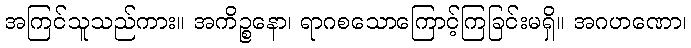
အကြင်သူသည်ကား။ အကိဉ္စနော၊ ရာဂစသောကြောင့်ကြခြင်းမရှိ။ အဂဟဏော၊